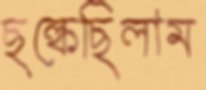
ছল্‌কেছিলাম